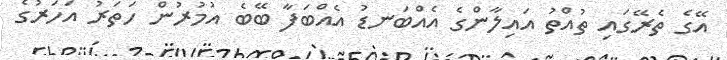
އޭގެ ތެރޭގައި ތުއްތު އައިލާންގެ އެއްބަނޑު އެއްބަފާ ބޭބެ އުމުރުން ހަތަރު އަހަރުގެ